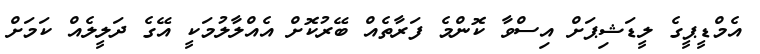
އެމްޑީޕީގެ ލީޑަޝިޕަށް އިސްވާ ކޮންމެ ފަރާތެއް ބޭރުކޮށް އެއްލާލުމަކީ އޭގެ ދަލީލެއް ކަމަށް